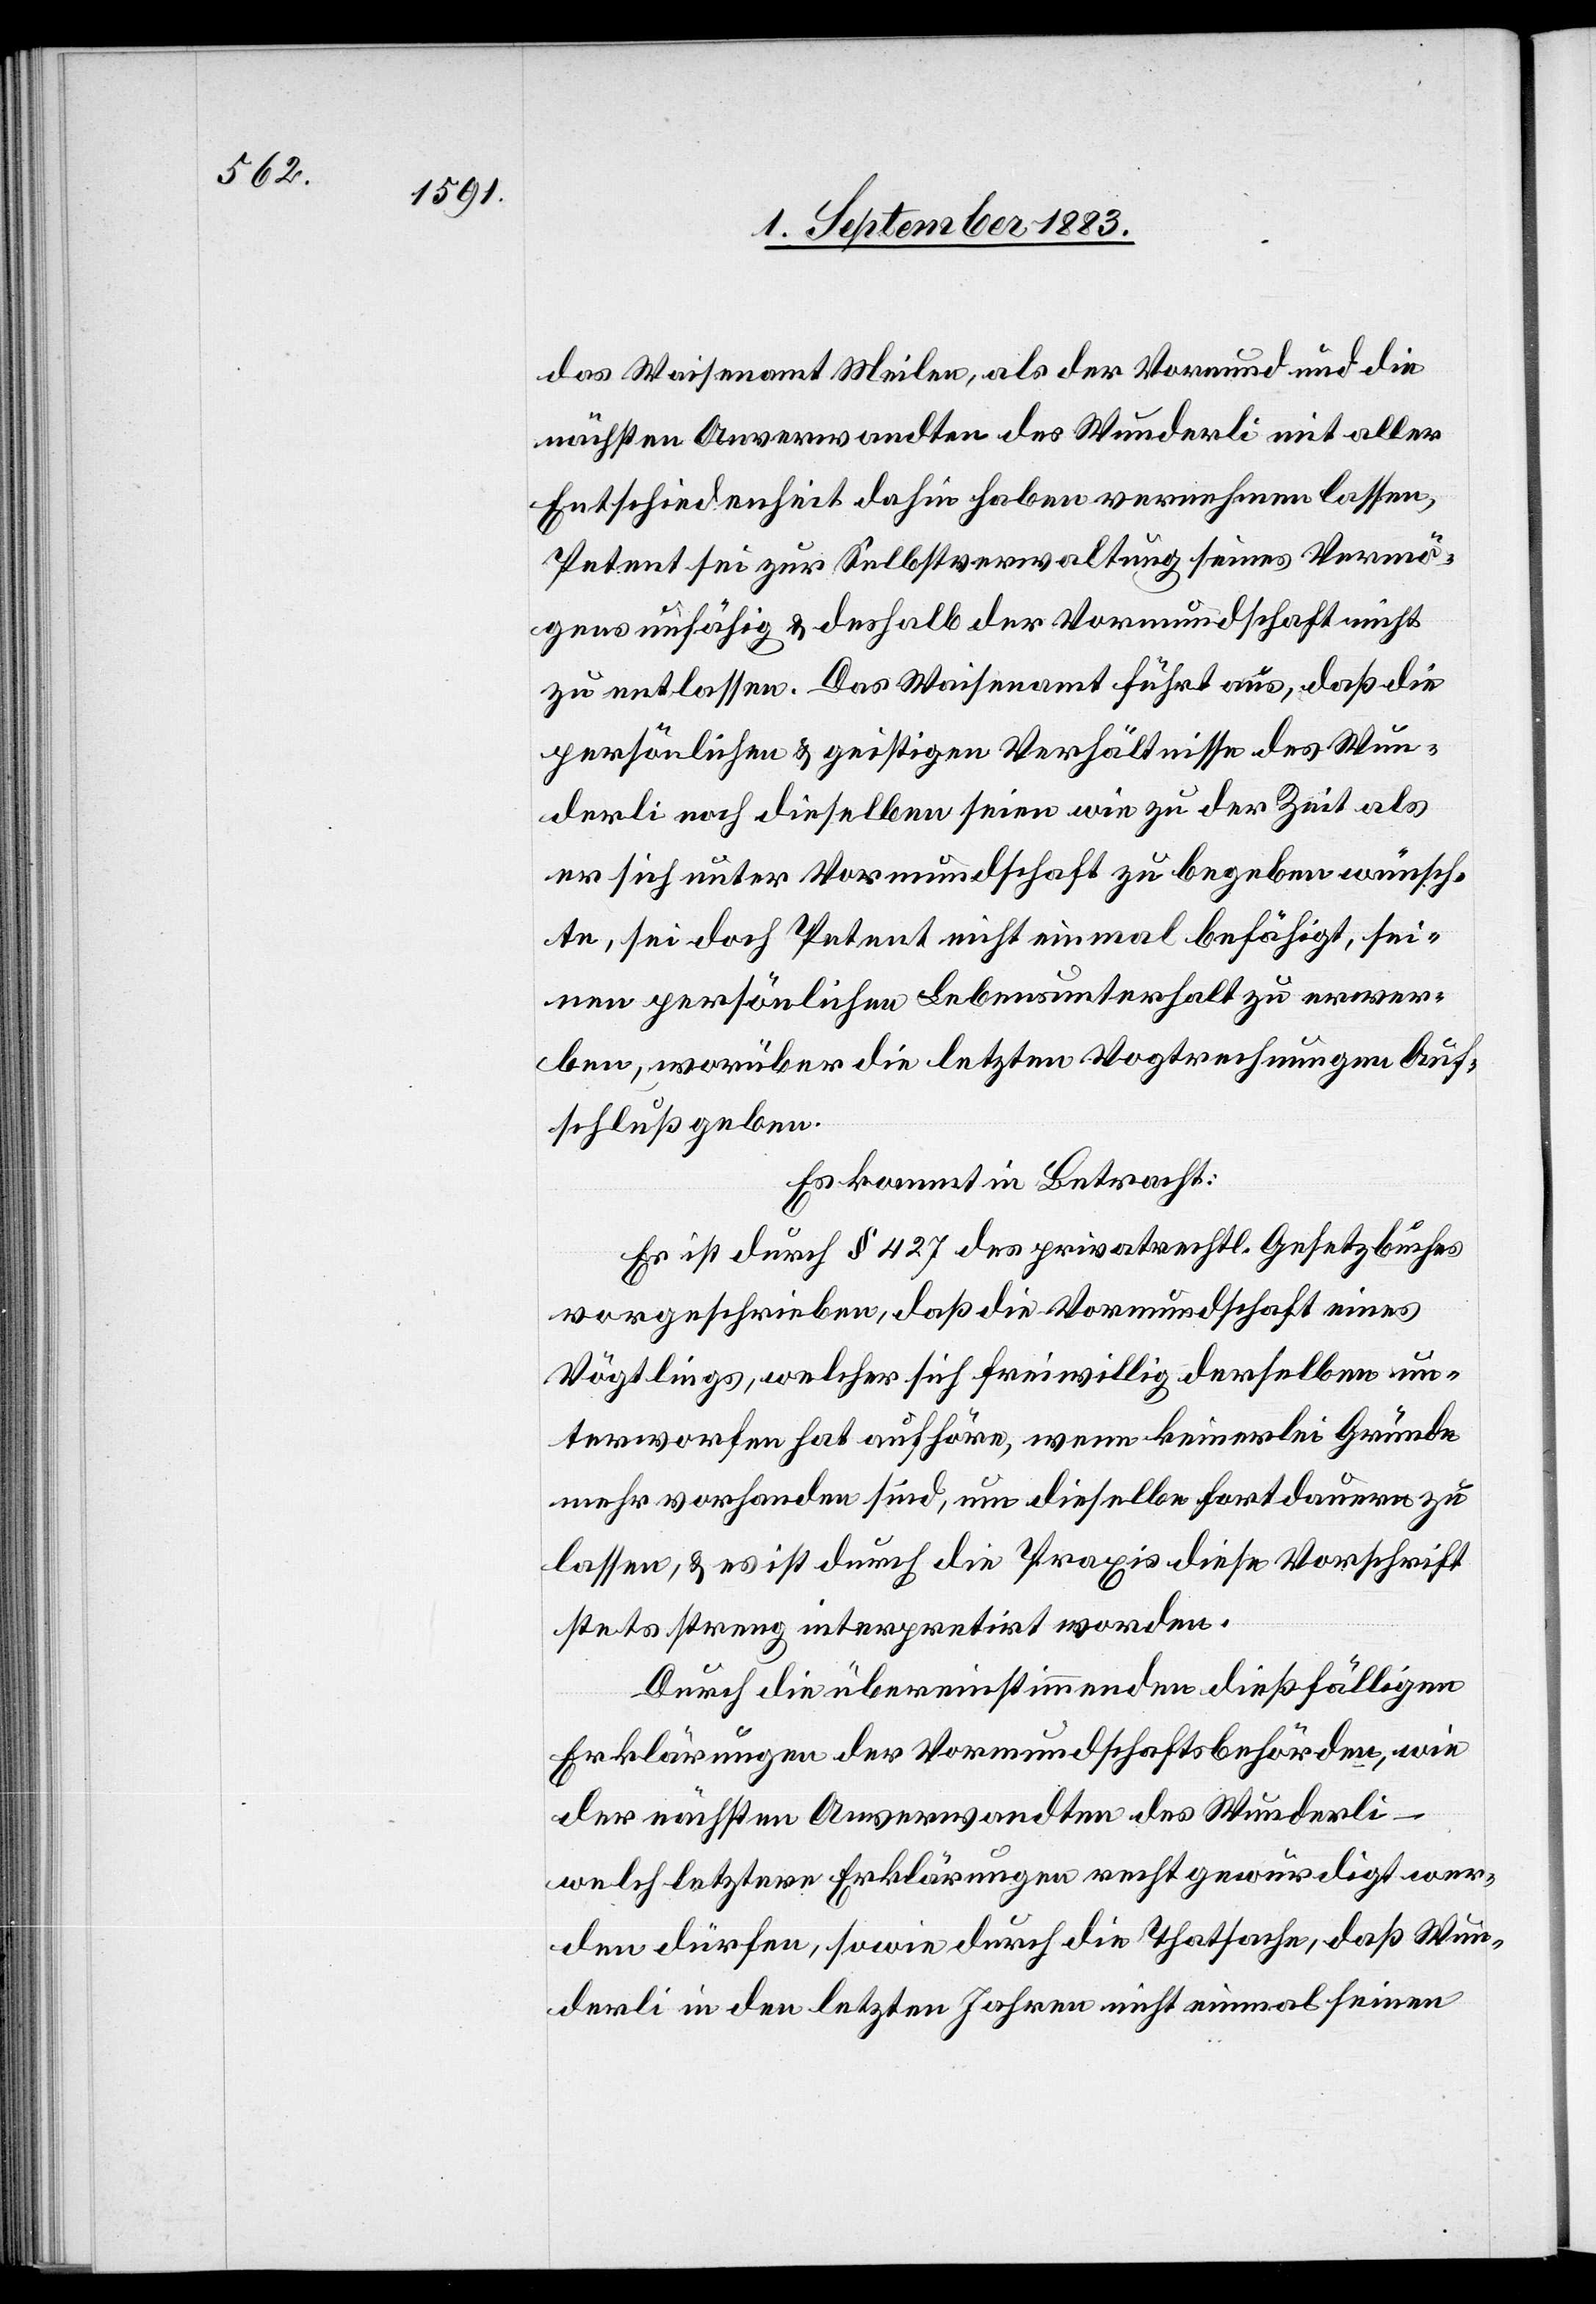
das Waisenamt Meilen, als der Vormund und die
nächsten Anverwandten des Wunderli mit aller
Entschiedenheit dahin haben vernehmen lassen,
Petent sei zur Selbstverwaltung seines Vermö¬
gens unfähig & deshalb der Vormundschaft nicht
zu entlassen. Das Waisenamt führt aus, daß die
persönlichen & geistigen Verhältnisse des Wun¬
derli noch dieselben seien wie zu der Zeit als
er sich unter Vormundschaft zu begeben wünsch¬
te, sei doch Petent nicht einmal befähigt, sei¬
nen persönlichen Lebensunterhalt zu erwer¬
ben, worüber die letzten Vogtrechnungen Auf¬
schluß geben.
Es kommt in Betracht:
Es ist durch § 427 des privatrechtl. Gesetzbuches
vorgeschrieben, daß die Vormundschaft eines
Vögtlings, welcher sich freiwillig derselben un¬
terworfen hat aufhöre, wenn keinerlei Gründe
mehr vorhanden sind, um dieselbe fortdauern zu
lassen, & es ist durch die Praxis diese Vorschrift
stets streng interpretirt worden.
Durch die übereinstimmenden dießfälligen
Erklärungen der Vormundschaftsbehörden, wie
der nächsten Anverwandten des Wunderli
welch letztere Erklärungen recht gewürdigt wer¬
den dürfen, sowie durch die Thatsache, daß Wun¬
derli in den letzten Jahren nicht einmal seinen